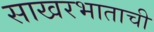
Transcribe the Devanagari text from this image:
साखरभाताची